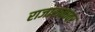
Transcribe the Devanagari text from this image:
राजारामावर